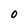
Character: 0